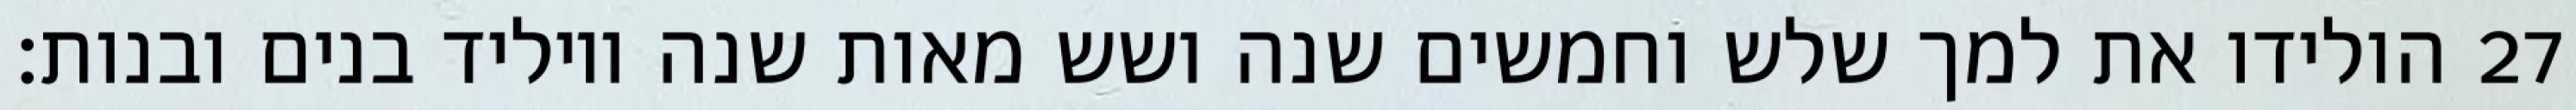
הולידו את למך שלש וחמשים שנה ושש מאות שנה ויוליד בנים ובנות׃ ‎27‏